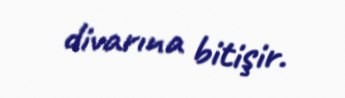
divarına bitişir.